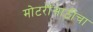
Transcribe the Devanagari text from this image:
मोटरींसाठीचा